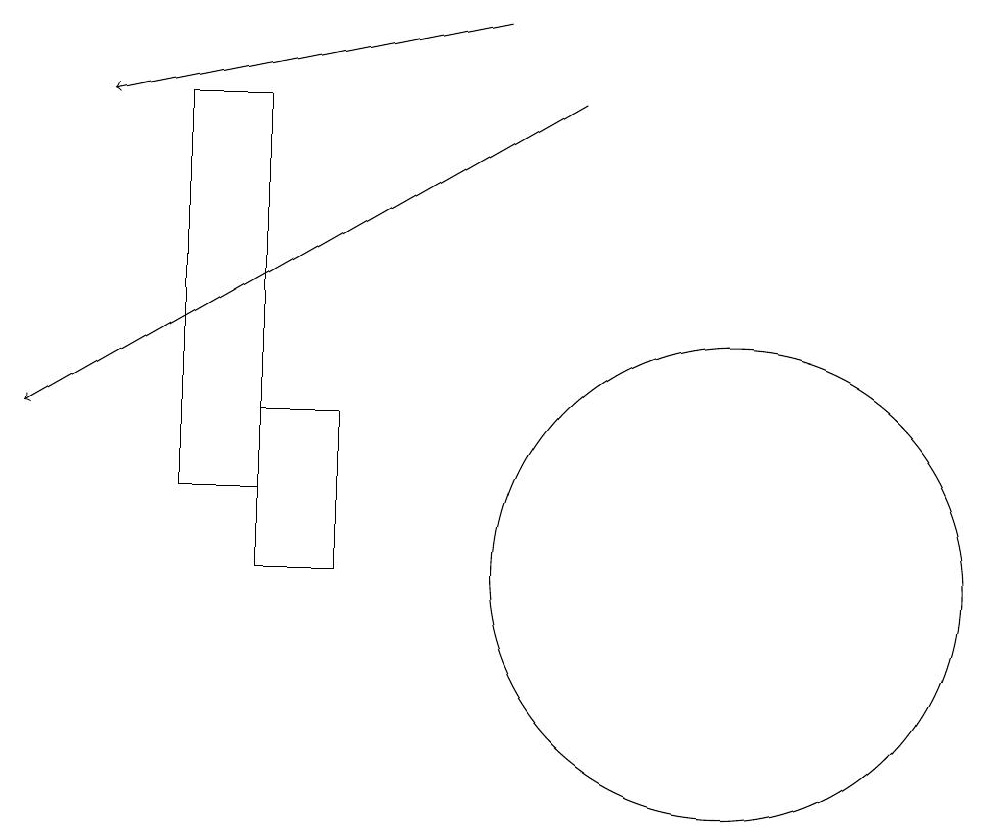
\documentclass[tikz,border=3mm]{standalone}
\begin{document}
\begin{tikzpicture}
\draw (4,17) rectangle (3,12);
\draw (10,11) circle (3);
\draw[->] (7,18) -- (2,17);
\draw (4,13) rectangle (5,11);
\draw[->] (8,17) -- (1,13);
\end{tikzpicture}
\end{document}